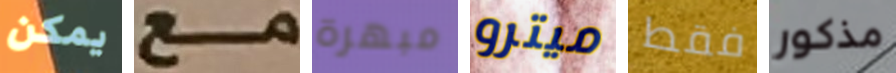
يمكن مع مبهرة ميترو فقط مذكور